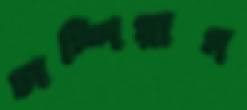
চাম্পিয়ান